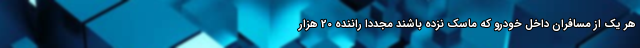
هر یک از مسافران داخل خودرو که ماسک نزده باشند مجدداً راننده 20 هزار